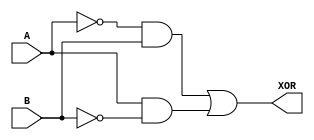
module xor_pass_gate(
    input A,
    input B,
    output XOR
);

wire inv_A;
wire inv_B;

assign inv_A = ~A;
assign inv_B = ~B;

assign XOR = (inv_A & B) | (A & inv_B);

endmodule